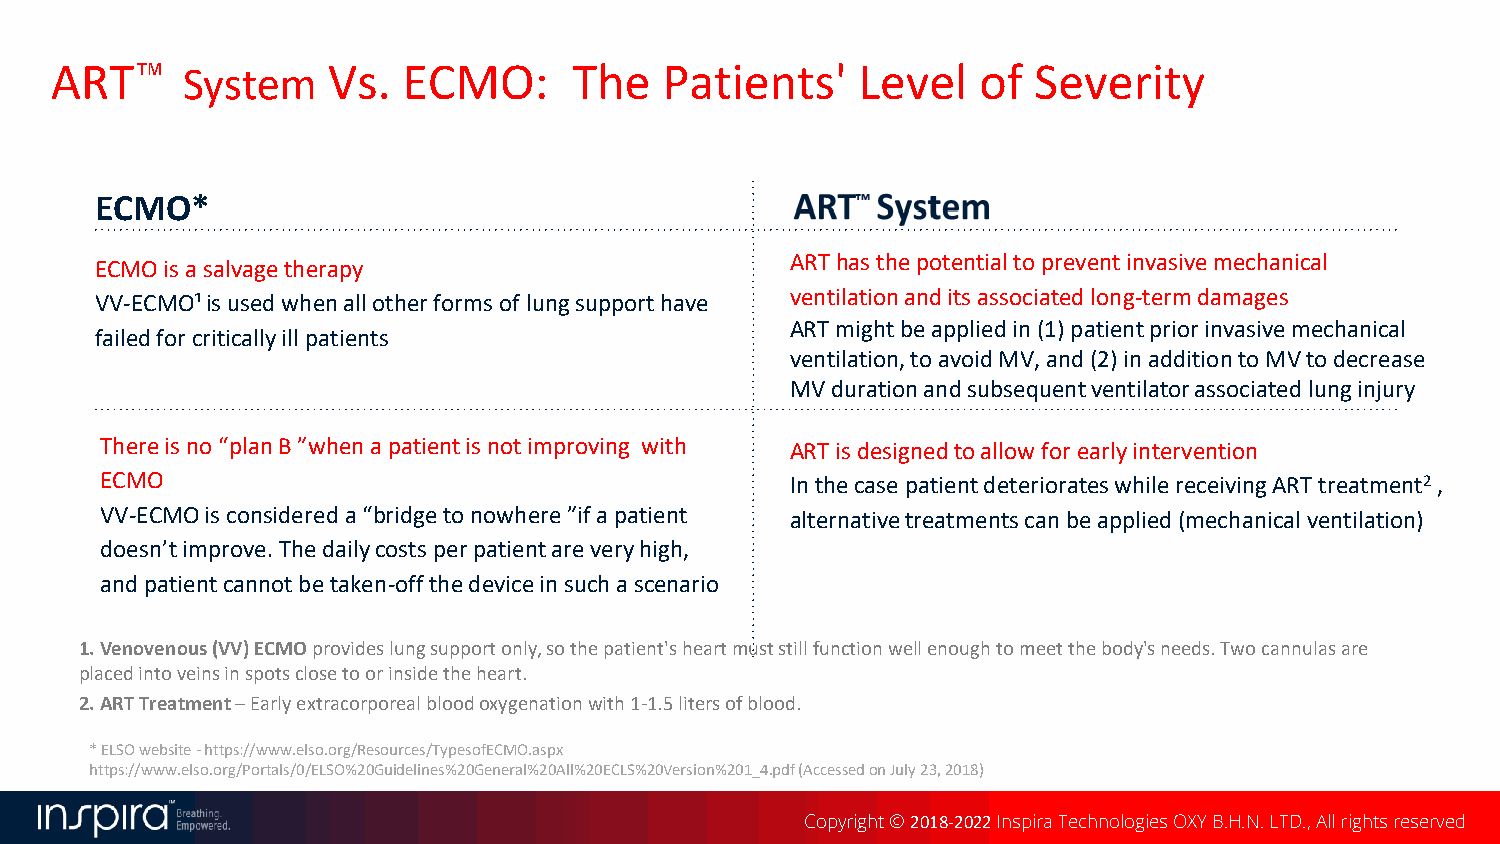
ART™     System    Vs.  ECMO:      The   Patients'    Level   of Severity
 ECMO*
 ECMO is a salvage therapy                     ARThas the potential topreventinvasive mechanical
 VV-ECMO¹is used when all other forms of lung support have ventilationand its associated long-term damages
 ART might be applied in (1) patient prior invasive mechanical
 failed for critically ill patients
 ventilation, to avoid MV, and (2) in addition to MV to decrease
 MV duration and subsequent ventilator associated lung injury
 There is no “plan B ”when a patient is not improving with ART is designed to allow for early intervention
 ECMO                                         In the case patient deteriorates while receiving ART treatment2 ,
 VV-ECMO is considered a “bridge to nowhere ”if a patient alternative treatments can be applied(mechanical ventilation)
 doesn’t improve. The daily costs per patient are very high,
 and patient cannot be taken-off the device in such a scenario
 1. Venovenous(VV) ECMOprovides lung support only, so the patient's heart must still function well enough to meet the body's needs. Two cannulas are
 placed into veins in spots close to or inside the heart.
 2.ARTTreatment–Earlyextracorporealbloodoxygenationwith1-1.5litersofblood.
 * ELSO website -https://www.elso.org/Resources/TypesofECMO.aspx
 https://www.elso.org/Portals/0/ELSO%20Guidelines%20General%20All%20ECLS%20Version%201_4.pdf (Accessed on July 23, 2018)
 Copyright © 2018-2022Inspira Technologies OXY B.H.N. LTD., All rights reserved